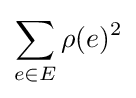
\sum _{e\in E}\rho (e)^{2}